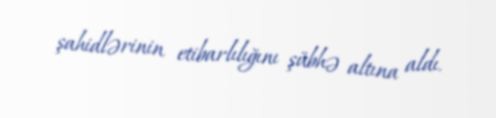
şahidlərinin etibarlılığını şübhə altına aldı.